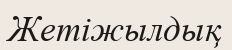
Жетіжылдық